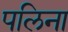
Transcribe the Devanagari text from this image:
पलिना